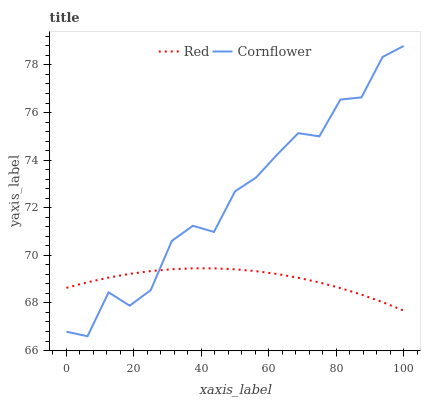
| xaxis_label | Red | Cornflower |
 | --- | --- | --- |
 | 0 | 68.6 | 66.8 |
 | 6.25 | 68.9 | 66.6 |
 | 12.5 | 69.1 | 68.4 |
 | 18.8 | 69.2 | 67.9 |
 | 25 | 69.3 | 68.5 |
 | 31.2 | 69.4 | 70.6 |
 | 37.5 | 69.5 | 71.2 |
 | 43.8 | 69.5 | 71 |
 | 50 | 69.4 | 72.7 |
 | 56.2 | 69.3 | 73.3 |
 | 62.5 | 69.2 | 74.2 |
 | 68.8 | 69.1 | 75.1 |
 | 75 | 68.9 | 75 |
 | 81.2 | 68.6 | 76.5 |
 | 87.5 | 68.3 | 76.6 |
 | 93.8 | 68 | 78.3 |
 | 100 | 67.7 | 78.8 |